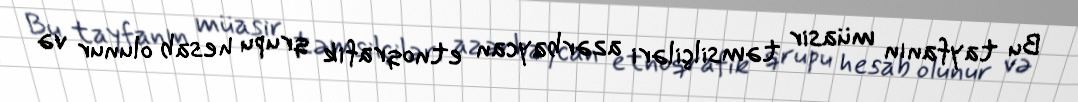
Bu tayfanın müasir təmsilçiləri azərbaycan etnoqrafik qrupu hesab olunur və